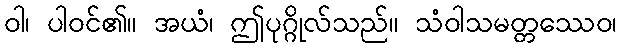
ဝါ၊ ပါဝင်၏။ အယံ၊ ဤပုဂ္ဂိုလ်သည်။ သံဝါသမတ္တဿေဝ၊